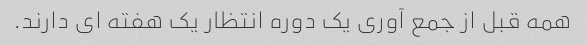
همه قبل از جمع آوری یک دوره انتظار یک هفته ای دارند.